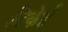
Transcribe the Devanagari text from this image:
डिकेई